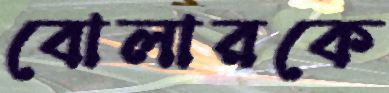
বোলারকে